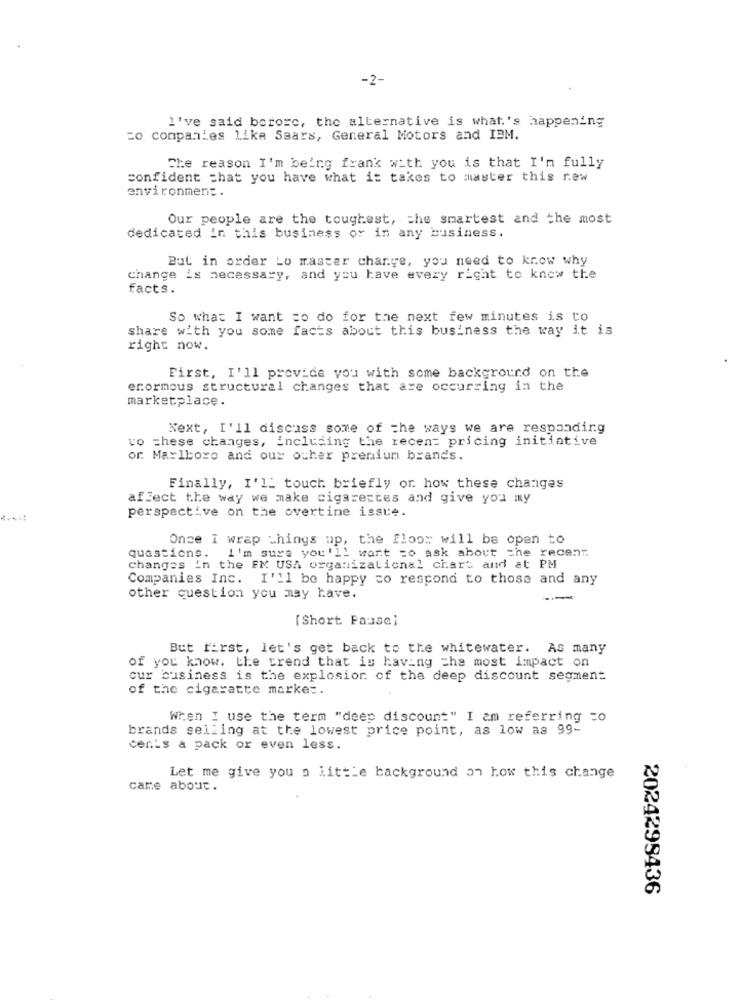
-2-
I've said before, the alternative is what's happening
zo companies like Saars, General Motors and IBM.
Che reason I'm being frank with you is that I'm fully
confident that you have what it takes to master this new
environment.
Our people are the toughest, the smartest and the most
dedicated in this business or in any business.
But in order Lo master change, you need to know why
change is necessary, and you have every right to know the
facts.
So what I want to do for the next few minutes is to
share with you some facts about this business the way it is
right now.
First, I'll provide you with some background on the
enormous structural changes that are occurring in the
marketplace.
Next, I'll discuss some of the ways we are responding
vo these changes, including the recent pricing initiative
or. Marlboro and our other premium brands.
Finally, I'll touch briefly or. how these changes
affect the way we make cigarettes and give you my
perspective on the overtine issue.
Once I wrap things up, the floor will be open to
questions. I'm sure you'll want to ask about the recent
changes in the EM USA organizational chart and at PM
Companies Inc. I'll be happy to respond to those and any
other question you may have.
---
[ Short Pause)
But first, let's get back to the whitewater. As many
of you know. the trend that is having che most impact on
cur business is the explosion of the deep discount segment
of the cigarette marke ;.
When I use the term "deep discount" I am referring to
brands selling at the lowest price point, as low as 99-
cents a pack or even less.
Let me give you a little background on how this change
came about.
2024299436